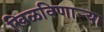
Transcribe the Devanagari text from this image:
खिळविणार्‍या